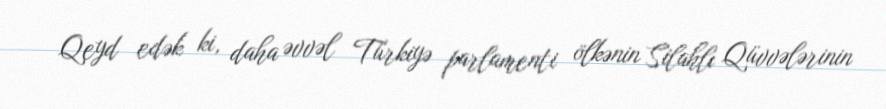
Qeyd edək ki, daha əvvəl Türkiyə parlamenti ölkənin Silahlı Qüvvələrinin